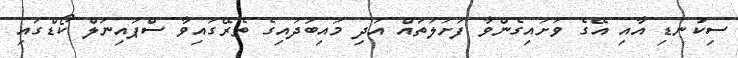
ސިކުނޑި އާއި އޭގެ ވަށައިގެންވާ ފަށަލަތައް އަދި މައިބަދައިގެ ތެރޭގައިވާ ސްޕައިނަލް ކޯޑްގައި